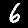
Label: 6